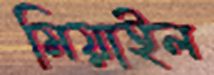
মিয়াইল